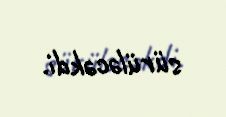
sürüləcəkdi.